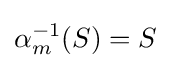
\alpha _{m}^{-1}(S)=S